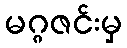
မဂ္ဂဇင်းမှ